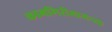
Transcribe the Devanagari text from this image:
कामगिरीमागच्या